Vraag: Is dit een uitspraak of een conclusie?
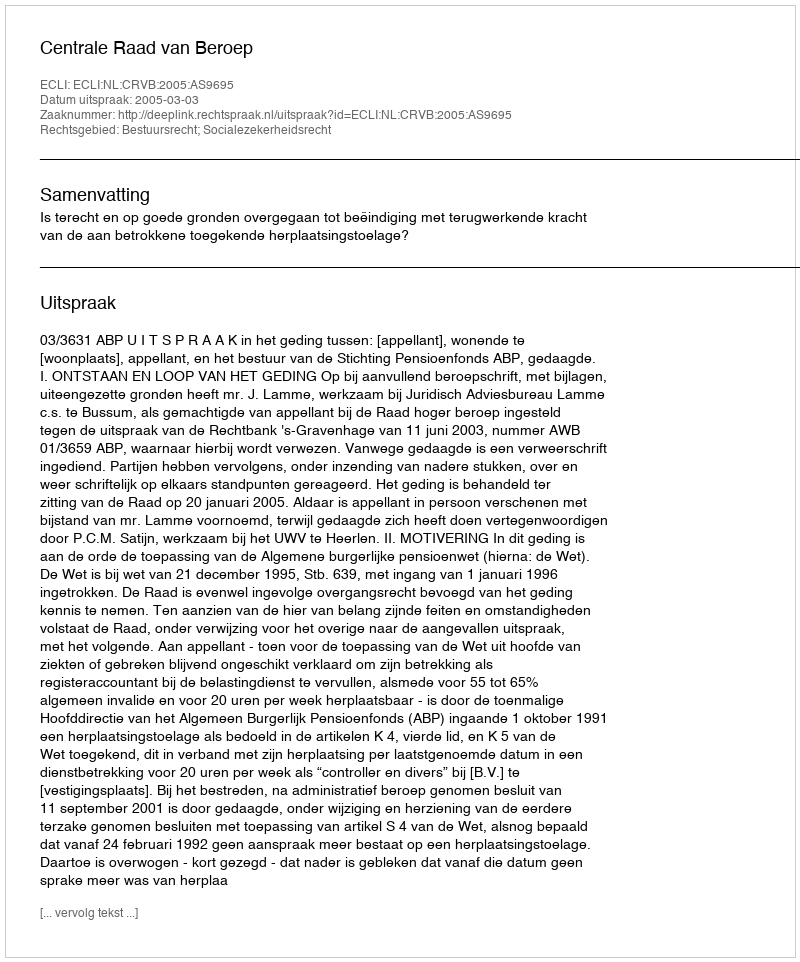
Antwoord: Uitspraak